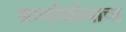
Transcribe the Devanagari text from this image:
ग्रामोफोनाचा